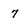
Character: 7